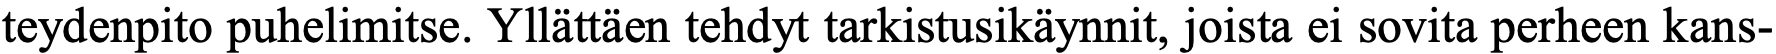
teydenpito puhelimitse. Yllättäen tehdyt tarkistusikäynnit, joista ei sovita perheen kans-